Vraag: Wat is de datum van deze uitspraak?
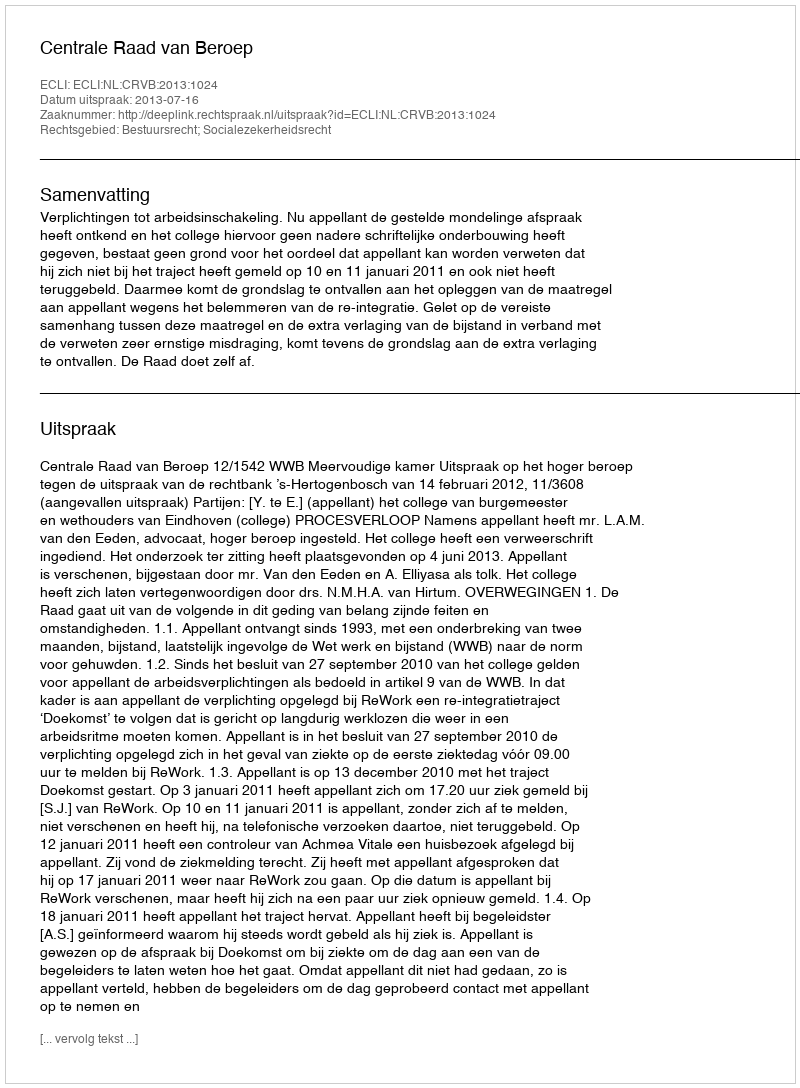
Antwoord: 2013-07-16